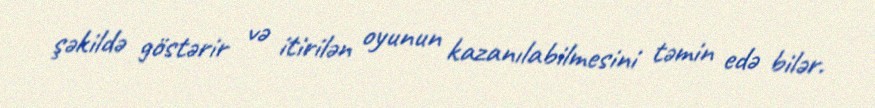
şəkildə göstərir və itirilən oyunun kazanılabilmesini təmin edə bilər.